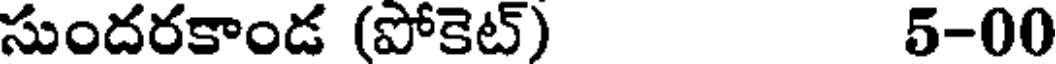
సుందరకాండ (పోకెట్) 5-00